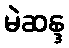
မဲဆန္ဒ